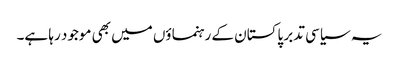
یہ سیاسی تدبر پاکستان کے رہنماؤں میں بھی موجود رہا ہے۔